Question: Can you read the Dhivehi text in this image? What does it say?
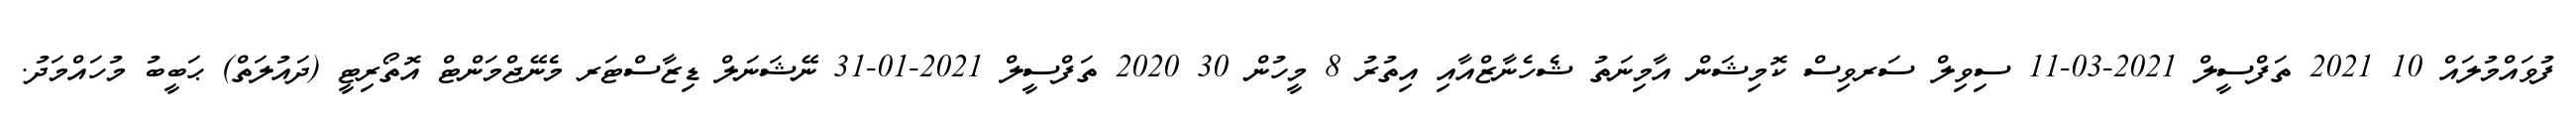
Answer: ފުވައްމުލައް 10 2021 ތަފްސީލް 2021-03-11 ސިވިލް ސަރވިސް ކޮމިޝަން އާމިނަތު ޝެހެނާޒްއާއި އިތުރު 8 މީހުން 30 2020 ތަފްސީލް 2021-01-31 ނޭޝަނަލް ޑިޒާސްޓަރ މެނޭޖްމަންޓް އޮތޯރިޓީ (ދައުލަތް) ޙަބީބު މުހައްމަދު.